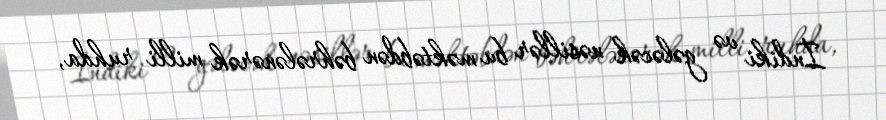
İndiki və gələcək nəsillər bu məktəbdən bəhrələnərək milli ruhda,